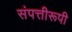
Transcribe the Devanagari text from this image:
संपत्तीरूपी